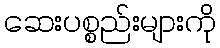
ဆေးပစ္စည်းများကို